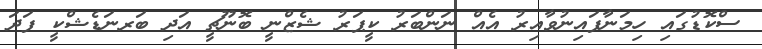
ސްކޮޑުގައި ހިމަނާފައިނުވާއިރު އެއް ނަންބަރު ކީޕަރު ޝެޒްނީ ބޮނޫޗީ އަދި ބަރނަޑެޝްކީ ފަދަ